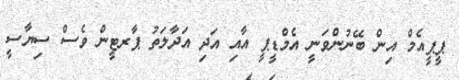
ޕީޕީއެމް އިން ބޭނުންވަނީ އެމްޑީޕީ އާއި އަދި އަދާލަތު ޕާރޓީން ވެސް ސިޔާސީ